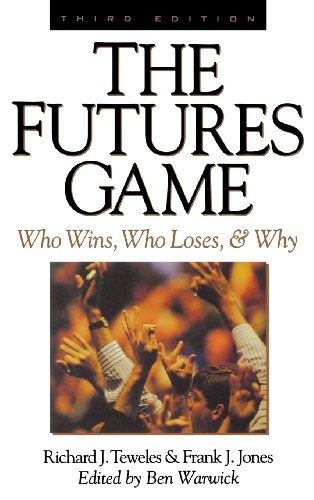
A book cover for The Futures Game: Who Wins, Who Loses, & Why; Richard Teweles; Business & Money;